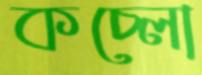
কচ্‌লো